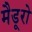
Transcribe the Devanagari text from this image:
मैडूरो